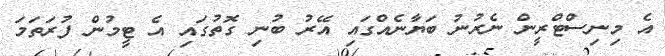
އެ މިނިސްޓްރީން ނެރުނު ބަޔާނެއްގައި އޭރު ބުނި ގޮތުގައި އެ ޓީމުން ފުރަތަމަ